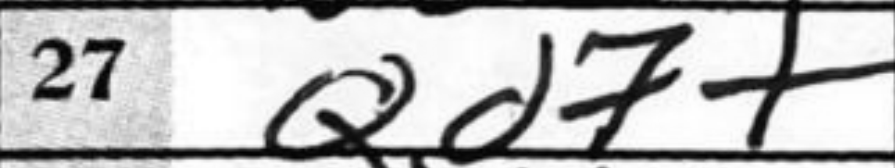
Transcription: Qd7+